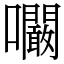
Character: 㘚